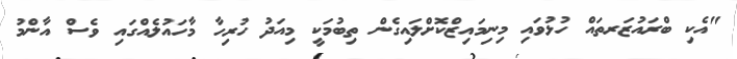
"އެކި ބްރައުޒަރތައް ހުޅުވައި މިނިމައިޒްކޮށްލައިގެން ތިބުމަކީ މިއަދު ހުރިހާ މާހައުލެއްގައި ވެސް އާންމު